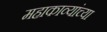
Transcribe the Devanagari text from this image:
महाकाव्यांच्या